Vaccination in the Punjab 1883-1896 - 1883-1896
Year: 1883
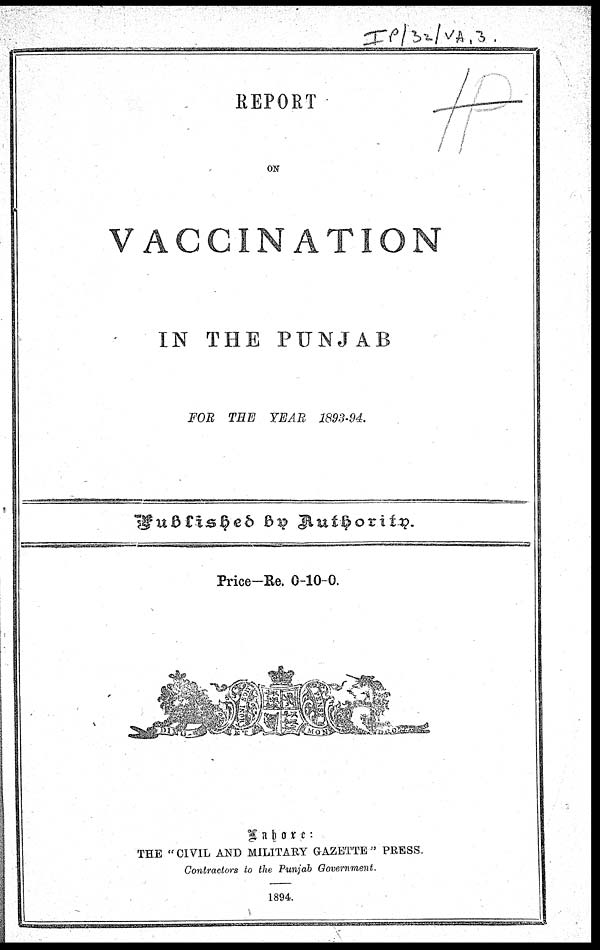
REPORT
ON
VACCINATION
IN THE PUNJAB
FOR THE YEAR 1893-94.
Published by Authority.
Price-Re. 0-10-0.
Lahore:
THE "CIVIL AND MILITARY GAZETTE" PRESS.
Contractors to the Punjab Government.
1894.